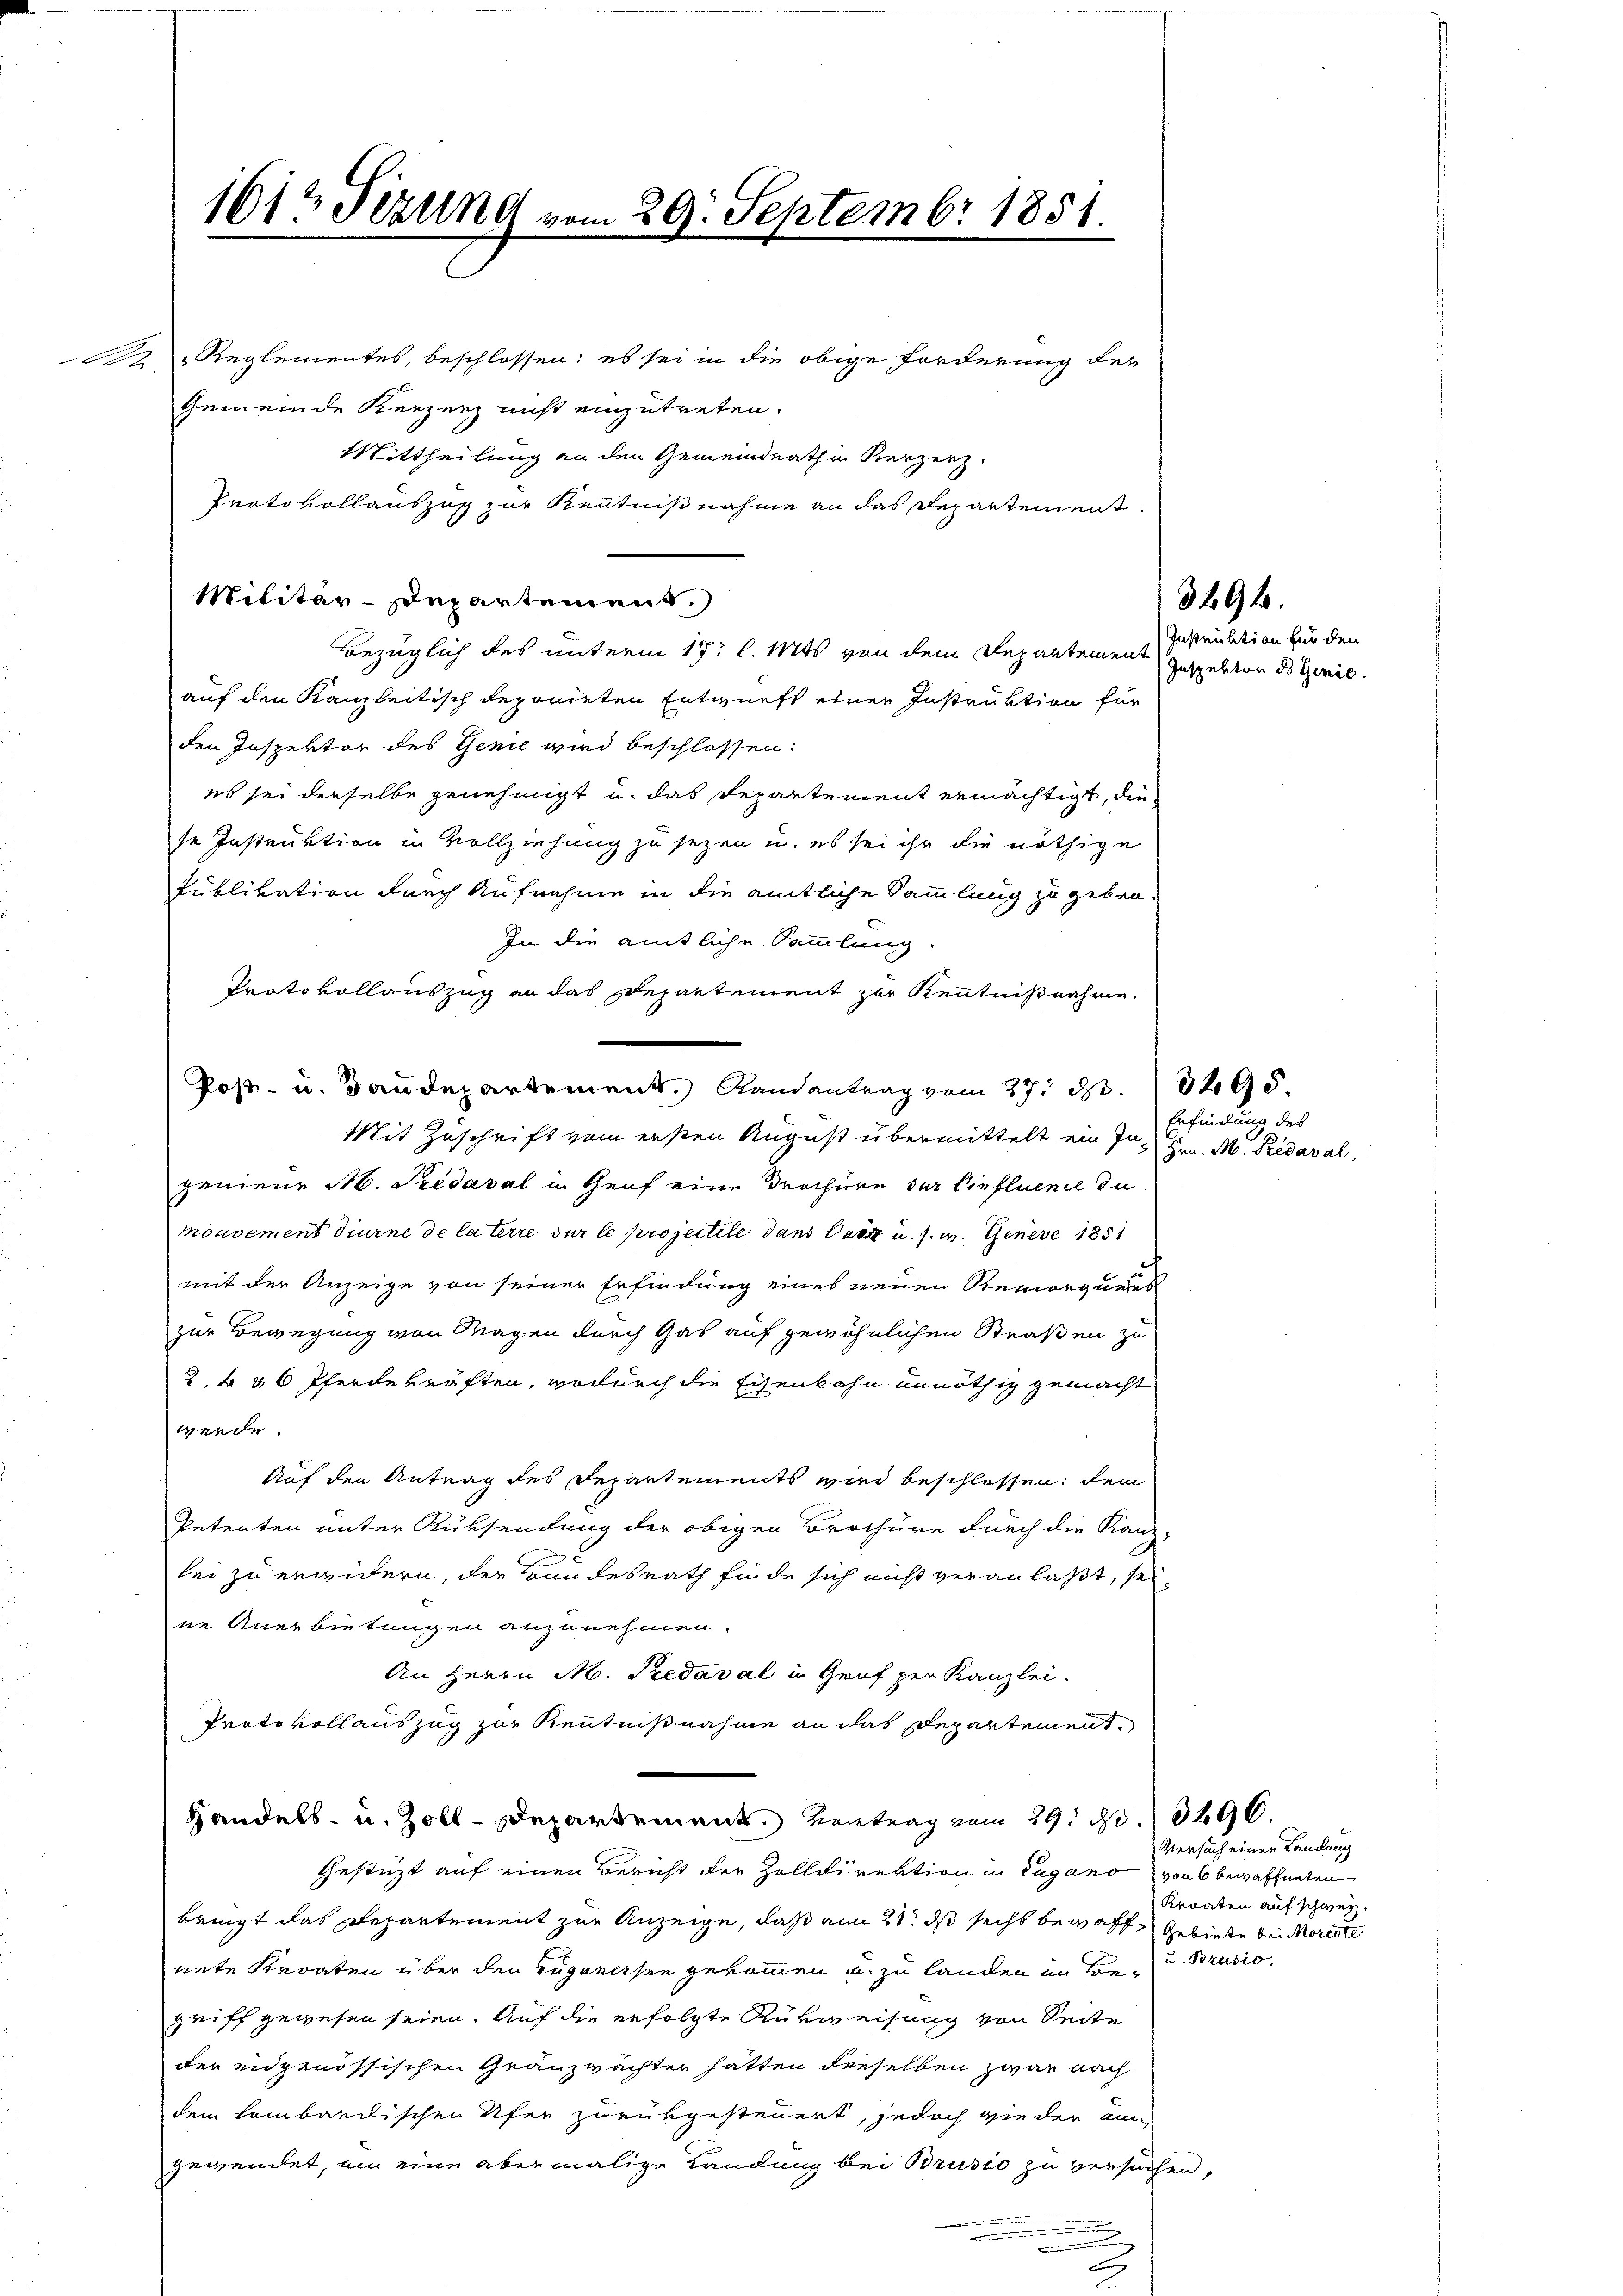
Reglementes, beschlossen; es sei in die obige Forderung des
Gemeinde Kerzenz nicht einzutreten.
Mittheilung an den Gemeindrath in Kerzerz
Protokollauszug zur Kenntnißnahme an das Departement.
Bezüglich des unterm 17. l. Mts. von dem Departement
auf den Kanzleitisch deponieten Entwurfs einer Instruktion für
den Inspektor des Genie wird beschlossen:
es sei derselbe genehmigt u. das Departement ermächtigt, die
se Instruktion in Vollziehung zu sezen u. es sei ihr die nöthige
Publikation durch Aufnahme in die amtliche Sammlung zu geben.
In die amtliche Sammlung
Protokollauszug an das Departement zur Kenntnißnahme.
Mit Zuschrift vom ersten August übermittelt ein Ingenieur M. Siedaval in Genf eine Trochüre zur Einfluence du
mouvement diurne de laterre der le projectile dans laut u. s. w. Genere 1851
mit der Anzeige von seiner Erfindung eines neuen Remorques
zur Bewegung von Magen durch Gas auf gewöhnlichen Straßen zu
3 b & 6 Pferdekräften, wodurch die Eisenbahn unnöthig gemacht
werde.
Auf den Antrag des Departements wird beschlossen; dem
Petenten unter Rücksendung der obigen Brochüre durch die Kan-
bei zu erwidern, der Bundesrath finde sich nicht veranlaßt, sei-
ne Anerbietungen anzunehmen.
An Herrn M. Pedaval in Graf per Kanzlei.
Protokoll auszug zur Kenntnißnahme an das Departement,
Handels- u. Zoll-Departement. Vortrag vom 29. d. 1496.
Gestützt auf einen Bericht der Zolldirektion in Lugano von 6 bewaffneten
bringt das Departement zur Anzeige, daß am 21. ds sechs bewaff, Gebiete bei Morcote
nete Kroaten über den Zuganesen gekommen u. zu landen in Bon- u. Brusio
griff gewesen seien. Auf die erfolgte Rükreisung von Seite
der eidgenössischen Gränzwächter hatten dieselben zwar nach
dem lombardischen Ufer zurükgesteuert, jedoch wie der em-
gewendet, um eine abermalige Landung bei Brusio zu versuchen,
.

1612 Sizung er

Militär-Departement.)

29. Septembr 1851.

Post- u. Baudepartement. Randantrag vom 27. d. 10495.

2

3494.

Instruktion für den
Inspekten des Genie.

Erfindung des
Hrn. M. Pedaval.

Versuch einer Landung
Kraaten auf schweiz.